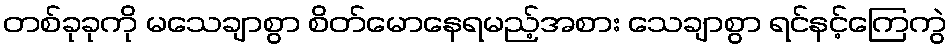
တစ်ခုခုကို မသေချာစွာ စိတ်မောနေရမည့်အစား သေချာစွာ ရင်နင့်ကြေကွဲ